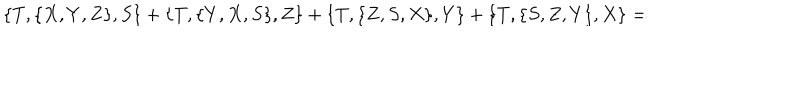
\{ T , \{ X , Y , Z \} , S \} + \{ T , \{ Y , X , S \} , Z \} + \{ T , \{ Z , S , X \} , Y \} + \{ T , \{ S , Z , Y \} , X \} =